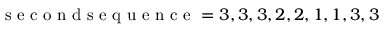
\begin{array} { r } { \mathrm { ~ s ~ e ~ c ~ o ~ n ~ d ~ s ~ e ~ q ~ u ~ e ~ n ~ c ~ e ~ } = 3 , 3 , 3 , 2 , 2 , 1 , 1 , 3 , 3 } \end{array}